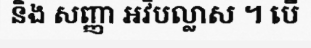
និង សញ្ញា អវិបល្លាស ។ បើ